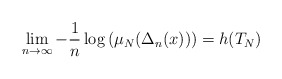
\begin{align*}\lim_{n\to \infty} -\frac{1}{n}\log \left(\mu_N(\Delta_n(x))\right)=h(T_N)\end{align*}